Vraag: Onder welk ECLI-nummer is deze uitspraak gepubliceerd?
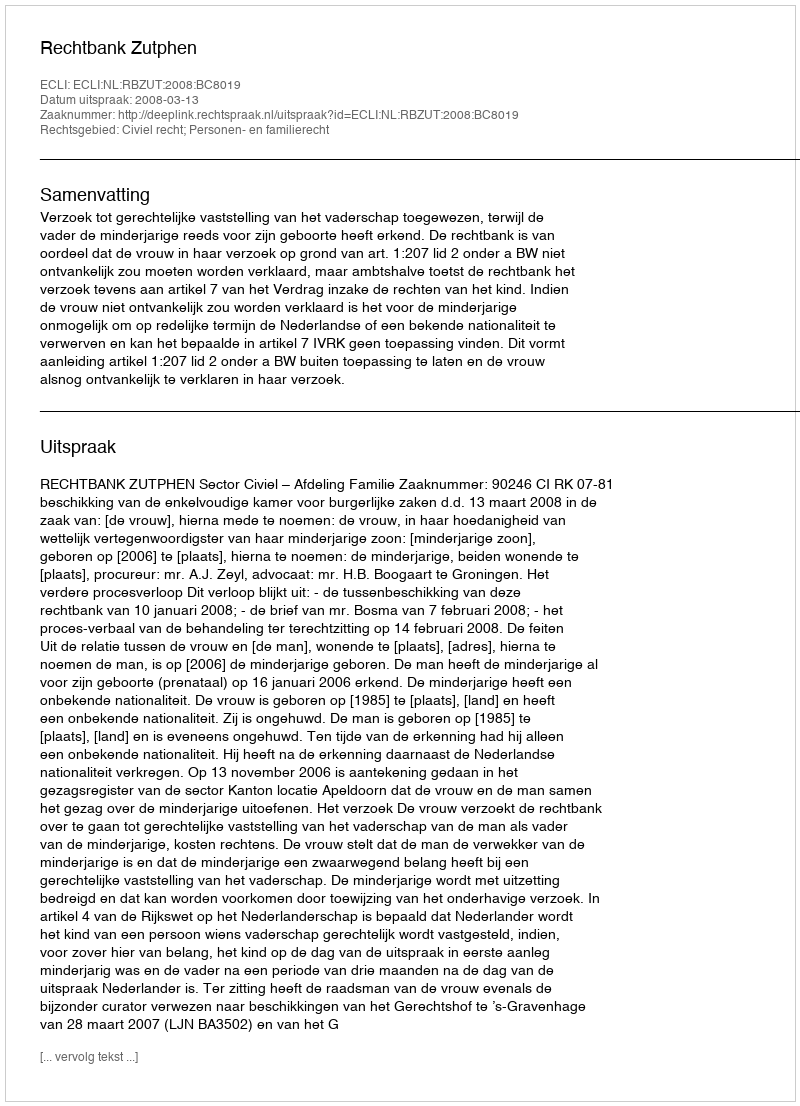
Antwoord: ECLI:NL:RBZUT:2008:BC8019